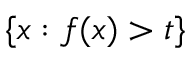
\{ x : f ( x ) > t \}